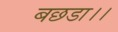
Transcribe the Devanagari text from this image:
बछडा।।